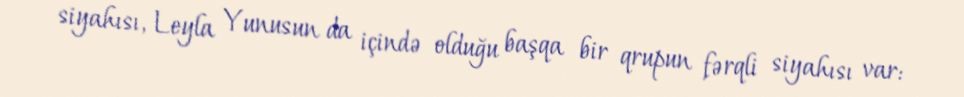
siyahısı, Leyla Yunusun da içində olduğu başqa bir qrupun fərqli siyahısı var: